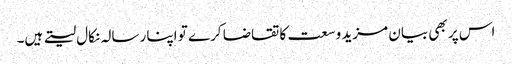
اس پر بھی بیان مزید وسعت کا تقاضا کرے تو اپنا رسالہ نکال لیتے ہیں۔